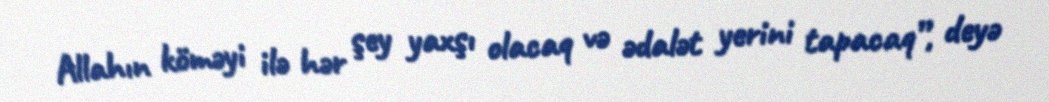
Allahın köməyi ilə hər şey yaxşı olacaq və ədalət yerini tapacaq”, deyə